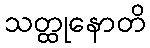
သတ္ထုနောတိ